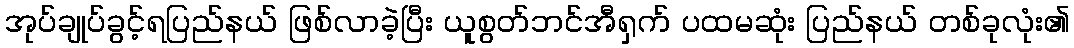
အုပ်ချုပ်ခွင့်ရပြည်နယ် ဖြစ်လာခဲ့ပြီး ယူစွတ်ဘင်အီရှက် ပထမဆုံး ပြည်နယ် တစ်ခုလုံး၏